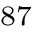
^ { 8 7 }